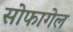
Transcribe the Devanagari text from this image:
सोफागेल